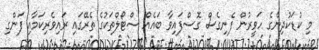
މި ކުޑަކުދިންގެ ހަވީރުން ފެނިގެސް ގޮސްފައިވާ ބައެއް ސްޓޯލްތަކުގެ ތެރޭގައި ރައިވެރިކަމާއި ފަންގި